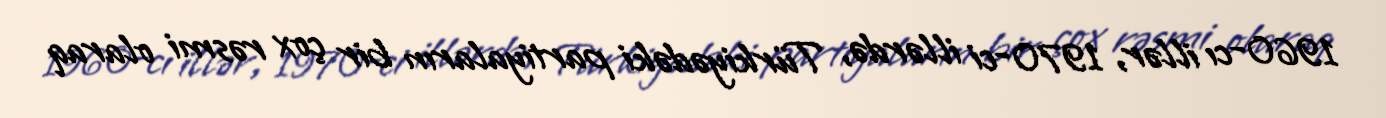
1960-cı illər, 1970-ci illərdə, Türkiyədəki partiyaların bir çox rəsmi olaraq